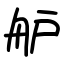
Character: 舮